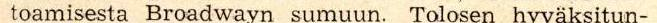
toamisesta Broadwayn sumuun. Tolosen hyväksitun-